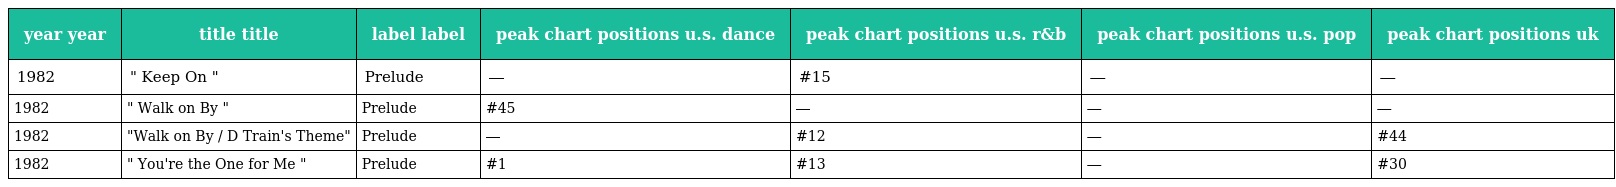
| year year | title title | label label | peak chart positions u.s. dance | peak chart positions u.s. r&b | peak chart positions u.s. pop | peak chart positions uk |
 | --- | --- | --- | --- | --- | --- | --- |
 | 1982 | " Keep On " | Prelude | ― | #15 | ― | ― |
 | 1982 | " Walk on By " | Prelude | #45 | ― | ― | ― |
 | 1982 | "Walk on By / D Train's Theme" | Prelude | ― | #12 | ― | #44 |
 | 1982 | " You're the One for Me " | Prelude | #1 | #13 | ― | #30 |